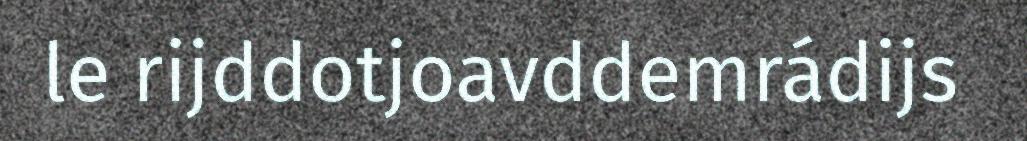
le rijddotjoavddemrádijs